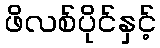
ဖိလစ်ပိုင်နှင့်